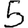
Digit: 5